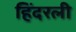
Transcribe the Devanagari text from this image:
हिंदरली